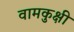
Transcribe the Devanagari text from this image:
वामकुक्षी